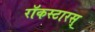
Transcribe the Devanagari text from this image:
रॉकस्टारस्